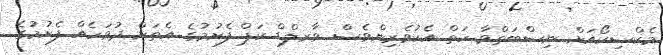
މެކްސިކޯއަށް ނިސްބަތްވާ ހަތް އެކުވެރިންވެސް ވާރލްޑް ކަޕް ފެށުމުގެ އެތަށް ދުވަހެއް ފެށުމުގެ